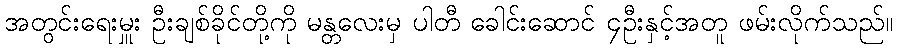
အတွင်းရေးမှူး ဦးချစ်ခိုင်တို့ကို မန္တလေးမှ ပါတီ ခေါင်းဆောင် ၄ဦးနှင့်အတူ ဖမ်းလိုက်သည်။